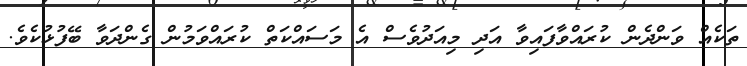
ތަކެއް ވަންދެން ކުރައްވާފައިވާ އަދި މިއަދުވެސް އެ މަސައްކަތް ކުރައްވަމުން ގެންދަވާ ބޭފުޅުކެވެ.